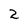
Character: 2